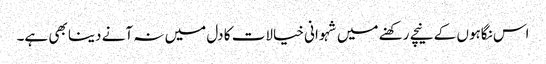
اس نگاہوں کے نیچے رکھنے میں شہوانی خیالات کا دل میں نہ آنے دینا بھی ہے۔